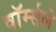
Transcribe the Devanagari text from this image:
वॉर्म्सले